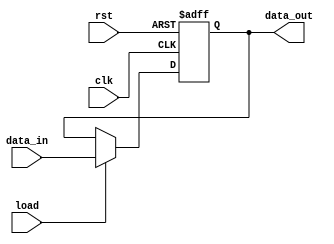
module Address_Register #(
    parameter word_size = 8
) (
    // data_out := address
    output reg[word_size-1: 0] data_out,
    // data_in := Bus_2
    input [word_size-1: 0] 	data_in,
    // load := Load_Add_R
    input load,
    input clk, rst
);
    always @ (posedge clk or negedge rst)
    if (rst == 0) 
        data_out <= 0; 
    else if (load) 
        data_out <= data_in;
endmodule